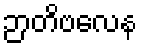
ဉာတိဗလေန